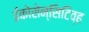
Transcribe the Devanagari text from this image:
ईकोसेन्सिटिव्ह